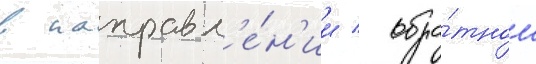
в направл'е́н'ии / обра́тном